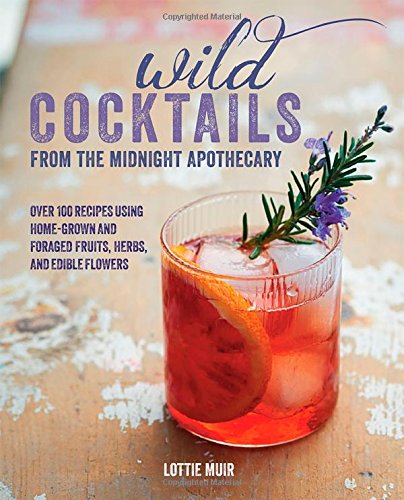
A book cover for Wild Cocktails from the Midnight Apothecary: 100 Recipes Using Home-grown and Foraged Fruits, Herbs, and Edible Flowers; Lottie Muir; Cookbooks, Food & Wine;